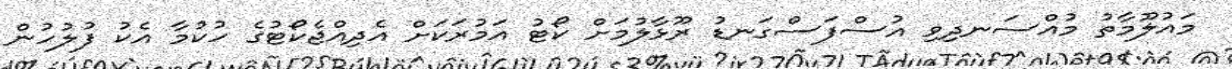
މައުލޫމާތު މުއްސަނދިވި އުސްފަސްގަނޑު ރޫޅާލުމަށް ކޯޓު އަމުރަކަށް އެދިއްޖެކޯޓުގެ ހުކުމާ އެކު ފުލުހުން